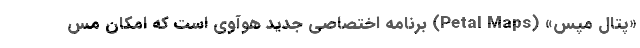
«پتال مپس» (Petal Maps) برنامه اختصاصی جدید هوآوی است که امکان مس